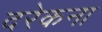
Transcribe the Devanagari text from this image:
दरेकना